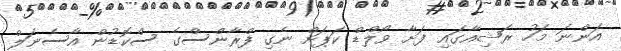
އަންނަ މަހު ރަޝިއާގައި ފަށާ ވޯލްޑް ކަޕަށް ނެގި ފްރާންސްގެ ސްކޮޑުން އާސެނަލް